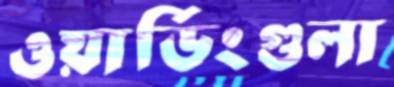
ওয়ার্ডিংগুলা